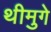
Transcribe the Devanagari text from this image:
थीमुगे